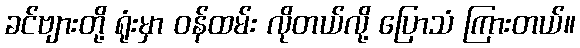
ခင်ဗျားတို့ ရုံးမှာ ဝန်ထမ်း လိုတယ်လို့ ပြောသံ ကြားတယ်။